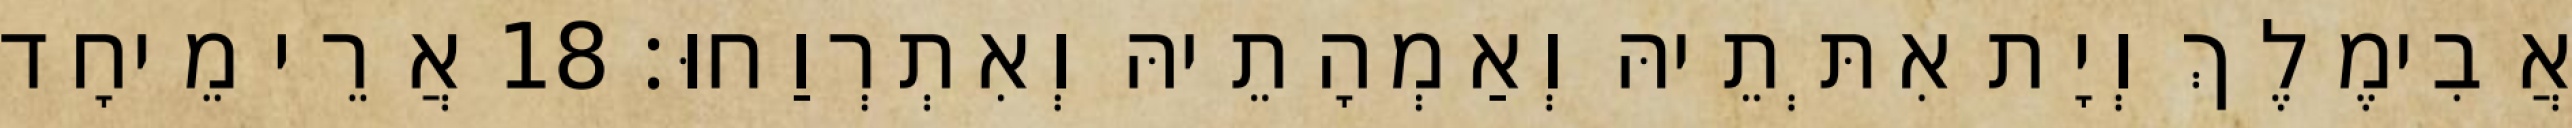
אֲבִימֶלֶךְ וְיָת אִתְּתֵיהּ וְאַמְהָתֵיהּ וְאִתְרְוַחוּ׃ 18 אֲרֵי מֵיחָד